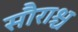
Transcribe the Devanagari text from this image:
सौराश्च